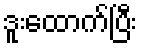
ဒူးထောက်ပြီး